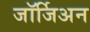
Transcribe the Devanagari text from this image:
जॉर्जिअन